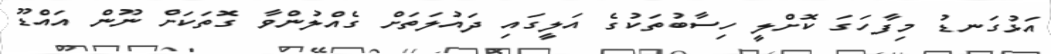
އަޅުގަނޑު މިފާހަގަ ކޮށްލީ ހިސާބުތަކުގެ އަލީގައި ދައުލަތަށް ގެއްލުންވާ ގޮތަކަށް ނޫން އައްޑޫ